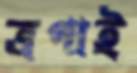
ত্রপাই